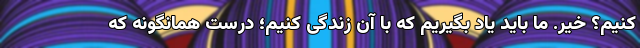
کنیم؟ خیر. ما باید یاد بگیریم که با آن زندگی کنیم؛ درست همانگونه که